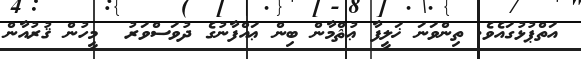
އަތްޕުޅުގައެވެ. ތިންވަނަ ޚަލީފާ ޢުޘްމާން ބިން ޢައްފާނުގެ ދުވަސްވަރު  މީހުން ޤުރުއާން